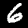
Label: 6